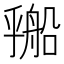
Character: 𬼔